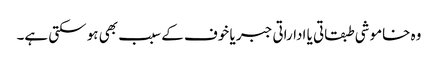
وہ خاموشی طبقاتی یا اداراتی جبر یا خوف کے سبب بھی ہو سکتی ہے۔